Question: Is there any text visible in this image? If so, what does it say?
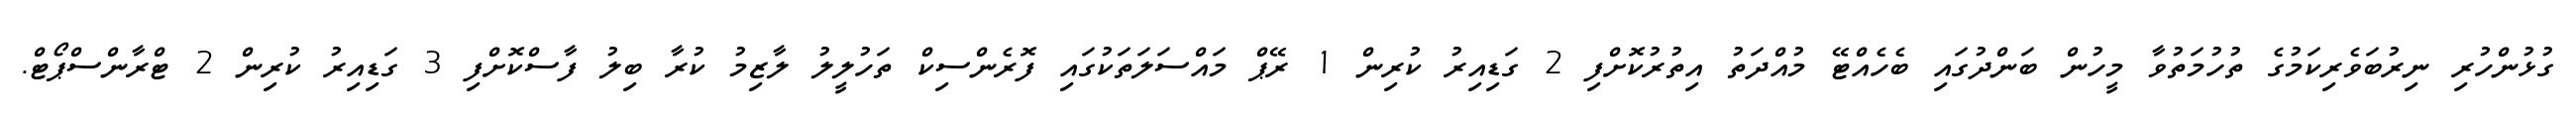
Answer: ގުޅުންހުރި ނިރުބަވެރިކަމުގެ ތުހުމަތުވާ މީހުން ބަންދުގައި ބެހެއްޓޭ މުއްދަތު އިތުރުކޮށްފި 2 ގަޑިއިރު ކުރިން 1 ރޭޕް މައްސަލަތަކުގައި ފޮރެންސިކް ތަހުލީލު ލާޒިމު ކުރާ ބިލު ފާސްކޮށްފި 3 ގަޑިއިރު ކުރިން 2 ޓްރާންސްޕޯޓް.